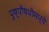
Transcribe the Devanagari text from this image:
पुष्पौषधीमध्ये